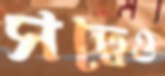
সত্বেও